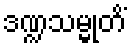
ဒဏ္ဍသမ္မုတိံ